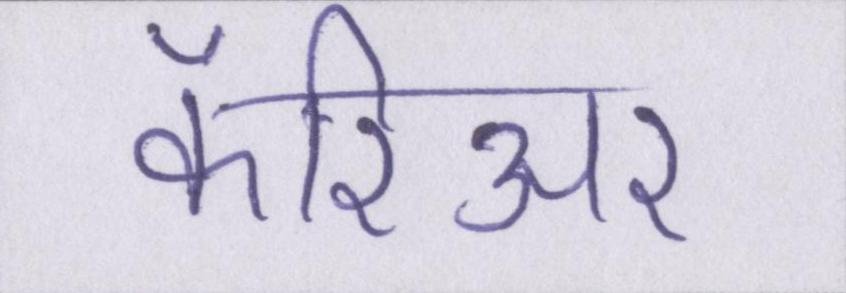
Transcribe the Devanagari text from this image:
कॅरिअर